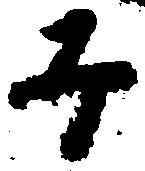
子